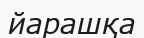
йарашқа